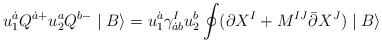
\begin{align*}u_1^{\dot{a}}Q^{\dot{a}+}u_2^a Q^{b-}\mid B\rangle=u_1^{\dot{a}}\gamma^I_{\dot{a}b}u_2^b\oint (\partial X^I+M^{IJ}\bar{\partial} X^J)\mid B\rangle\end{align*}